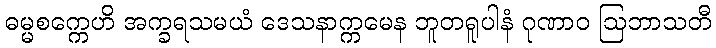
ဓမ္မစက္ကေဟိ အက္ခရသမယံ ဒေသနာက္ကမေန ဘူတရူပါနံ ဂုဏာဝ ဩဘာသတီ